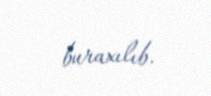
buraxılıb.